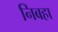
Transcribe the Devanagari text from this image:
निबहा